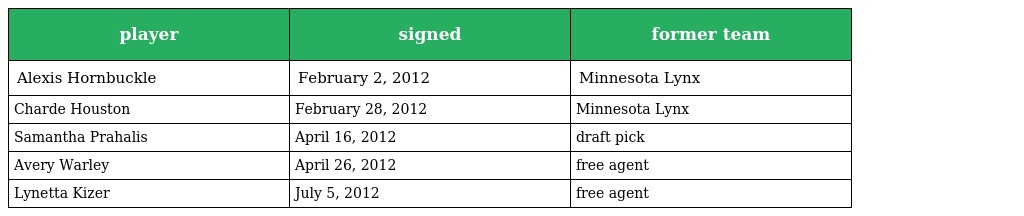
| player | signed | former team |
 | --- | --- | --- |
 | Alexis Hornbuckle | February 2, 2012 | Minnesota Lynx |
 | Charde Houston | February 28, 2012 | Minnesota Lynx |
 | Samantha Prahalis | April 16, 2012 | draft pick |
 | Avery Warley | April 26, 2012 | free agent |
 | Lynetta Kizer | July 5, 2012 | free agent |